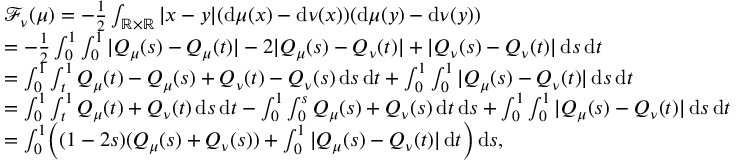
\begin{array} { r l } & { \mathcal F _ { \nu } ( \mu ) = - \frac 1 2 \int _ { \mathbb { R } \times \mathbb { R } } | x - y | ( \mathrm { d } \mu ( x ) - \mathrm { d } \nu ( x ) ) ( \mathrm { d } \mu ( y ) - \mathrm { d } \nu ( y ) ) } \\ & { = - \frac 1 2 \int _ { 0 } ^ { 1 } \int _ { 0 } ^ { 1 } | Q _ { \mu } ( s ) - Q _ { \mu } ( t ) | - 2 | Q _ { \mu } ( s ) - Q _ { \nu } ( t ) | + | Q _ { \nu } ( s ) - Q _ { \nu } ( t ) | \, \mathrm { d } s \, \mathrm { d } t } \\ & { = \int _ { 0 } ^ { 1 } \int _ { t } ^ { 1 } Q _ { \mu } ( t ) - Q _ { \mu } ( s ) + Q _ { \nu } ( t ) - Q _ { \nu } ( s ) \, \mathrm { d } s \, \mathrm { d } t + \int _ { 0 } ^ { 1 } \int _ { 0 } ^ { 1 } | Q _ { \mu } ( s ) - Q _ { \nu } ( t ) | \, \mathrm { d } s \, \mathrm { d } t } \\ & { = \int _ { 0 } ^ { 1 } \int _ { t } ^ { 1 } Q _ { \mu } ( t ) + Q _ { \nu } ( t ) \, \mathrm { d } s \, \mathrm { d } t - \int _ { 0 } ^ { 1 } \int _ { 0 } ^ { s } Q _ { \mu } ( s ) + Q _ { \nu } ( s ) \, \mathrm { d } t \, \mathrm { d } s + \int _ { 0 } ^ { 1 } \int _ { 0 } ^ { 1 } | Q _ { \mu } ( s ) - Q _ { \nu } ( t ) | \, \mathrm { d } s \, \mathrm { d } t } \\ & { = \int _ { 0 } ^ { 1 } \Bigl ( ( 1 - 2 s ) ( Q _ { \mu } ( s ) + Q _ { \nu } ( s ) ) + \int _ { 0 } ^ { 1 } | Q _ { \mu } ( s ) - Q _ { \nu } ( t ) | \, \mathrm { d } t \Bigr ) \, \mathrm { d } s , } \end{array}